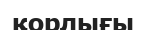
қорлығы